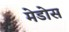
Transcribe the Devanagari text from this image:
मेडोस